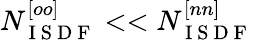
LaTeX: N_{\mathrm{~I~S~D~F~}}^{[oo]}<<N_{\mathrm{~I~S~D~F~}}^{[nn]}